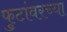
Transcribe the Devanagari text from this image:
फुटांवरच्या